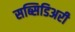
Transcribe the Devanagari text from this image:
सब्सिडिअरी